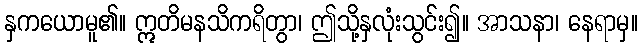
နှကယောမူ၏။ ဣတိမနသိကရိတွာ၊ ဤသို့နှလုံးသွင်း၍။ အာသနာ၊ နေရာမှ။